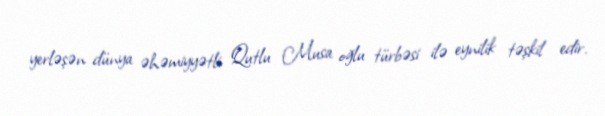
yerləşən dünya əhəmiyyətli Qutlu Musa oğlu türbəsi ilə eynilik təşkil edir.